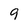
Character: 9